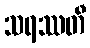
သရဿတီ